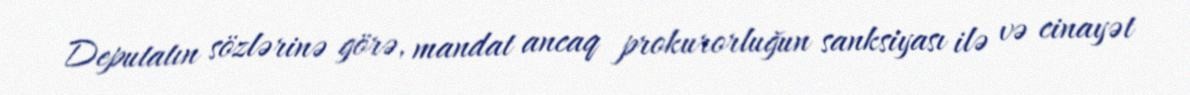
Deputatın sözlərinə görə, mandat ancaq prokurorluğun sanksiyası ilə və cinayət